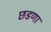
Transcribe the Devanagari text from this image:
छडणा